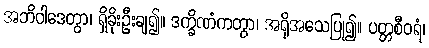
အဘိဝါဒေတွာ၊ ရှိခိုးဦးချ၍။ ဒက္ခိဏံကတွာ၊ အရိုအသေပြု၍။ ပတ္တစီဝရံ၊